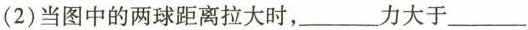
(2)当图中的两球距离拉大时，___力大于__